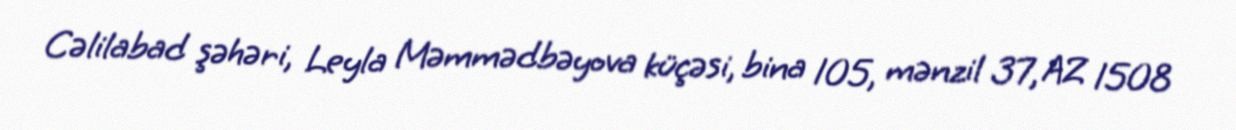
Cəlilabad şəhəri, Leyla Məmmədbəyova küçəsi, bina 105, mənzil 37, AZ 1508